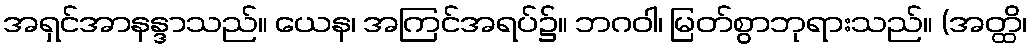
အရှင်အာနန္ဒာသည်။ ယေန၊ အကြင်အရပ်၌။ ဘဂဝါ၊ မြတ်စွာဘုရားသည်။ (အတ္ထိ၊